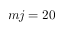
m j = 2 0